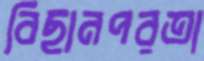
বিছানপরতা